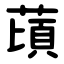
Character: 䔛